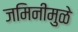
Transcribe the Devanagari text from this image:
जमिनीमुळे